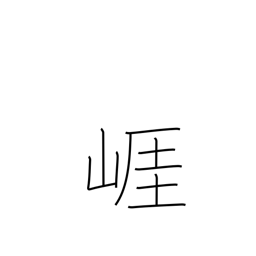
Meaning: bluff